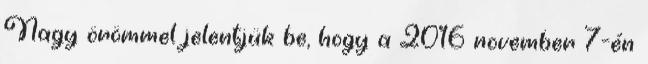
Nagy örömmel jelentjük be, hogy a 2016 november 7-én